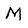
Character: M